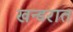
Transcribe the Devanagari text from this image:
खन्डरात